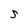
Character: S